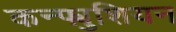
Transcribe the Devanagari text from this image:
कन्फ्युशियन